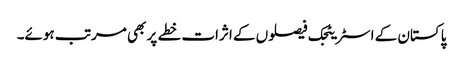
پاکستان کے اسٹریٹجک فیصلوں کے اثرات خطے پر بھی مرتب ہوئے۔